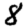
Digit: 8